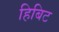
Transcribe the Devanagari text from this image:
हिबिट